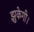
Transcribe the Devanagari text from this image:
झुकेगी।